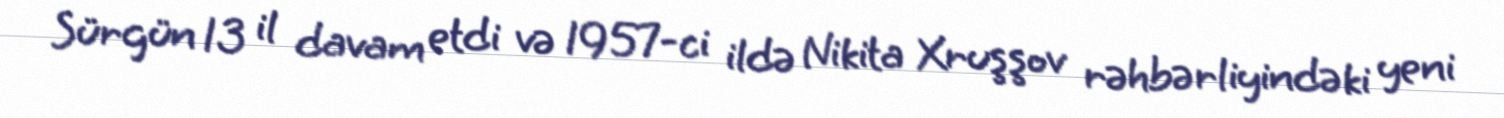
Sürgün 13 il davam etdi və 1957-ci ildə Nikita Xruşşov rəhbərliyindəki yeni